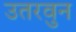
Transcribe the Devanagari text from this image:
उतरवुन